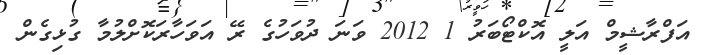
އަފްރާޝީމް އަލީ އޮކްޓޯބަރު 1 2012 ވަނަ ދުވަހުގެ ރޭ އަވަހާރަކޮށްލުމާ ގުޅިގެން